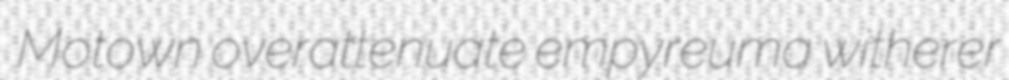
Motown overattenuate empyreuma witherer